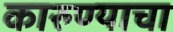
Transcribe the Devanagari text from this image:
कारुण्याचा